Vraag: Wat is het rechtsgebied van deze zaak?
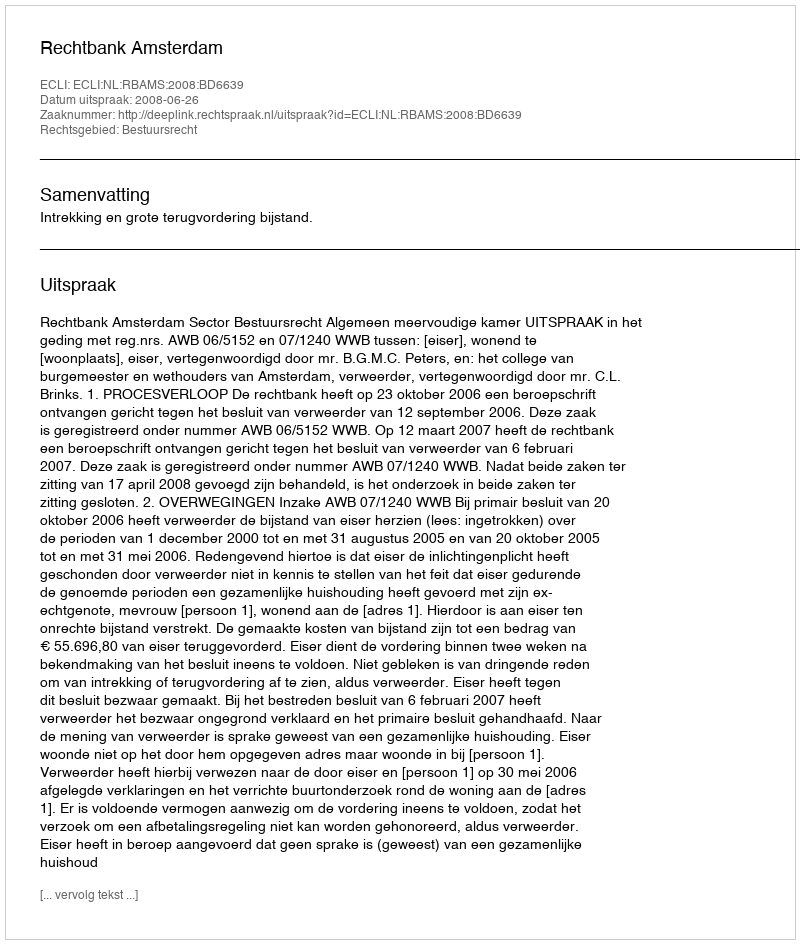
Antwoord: Bestuursrecht